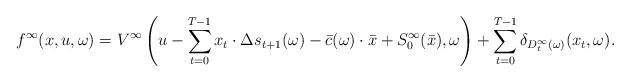
LaTeX: \begin{align*}f^\infty(x,u,\omega)=V^\infty\left(u - \sum_{t=0}^{T-1}x_t\cdot\Delta s_{t+1}(\omega) - \bar c(\omega)\cdot \bar x + S_0^\infty(\bar x),\omega\right)+ \sum_{t=0}^{T-1}\delta_{D_t^\infty(\omega)}(x_t,\omega).\end{align*}